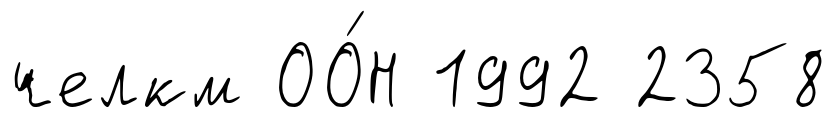
челкм ОО́Н 1992 2358